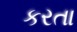
કરતા